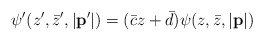
\begin{align*}\psi^{\prime}(z^{\prime},\bar{z}^{\prime},|{\bf p}^{\prime}|)=(\bar{c}z+\bar{d})\psi(z,\bar{z},|{\bf p}|)\end{align*}